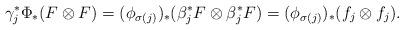
LaTeX: \begin{align*}\gamma_j^* \Phi_*(F \otimes F) = (\phi_{\sigma(j)})_*(\beta_j^*F \otimes \beta_j^* F) = (\phi_{\sigma(j)})_* (f_j \otimes f_j).\end{align*}